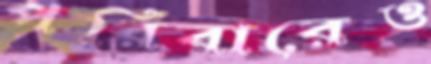
পরিবারেও